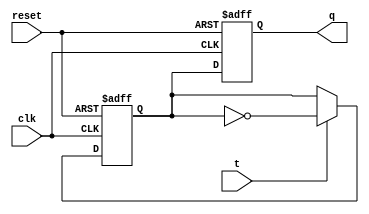
module t_ff (
    input t,
    input clk,
    input reset,
    output reg q
);

reg d, d_m;

// Master flip-flop
always @(posedge clk or posedge reset)
begin
    if (reset)
        d_m <= 1'b0;
    else if (t)
        d_m <= ~d_m;
end

// Slave flip-flop
always @(negedge clk or posedge reset)
begin
    if (reset)
        d <= 1'b0;
    else
        d <= d_m;
end

assign q = d;

endmodule